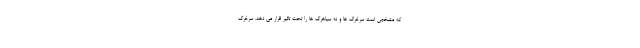
که مشخص است سرخرگ ها و نه سیاهرگ ها را تحت تاثیر قرار می دهد. سرخرگ